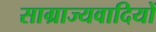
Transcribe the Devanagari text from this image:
साग्राज्यवादियों